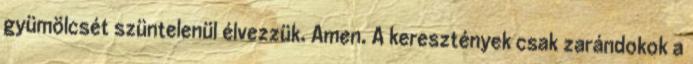
gyümölcsét szüntelenül élvezzük. Amen. A keresztények csak zarándokok a